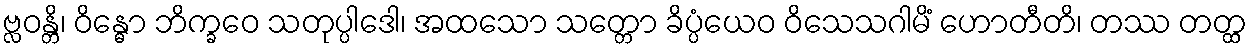
ဗ္လဝန္တိ၊ ဝိန္ဓော ဘိက္ခဝေ သတုပ္ပါဒေါ၊ အထသော သတ္တော ခိပ္ပံယေဝ ဝိသေသဂါမိံ ဟောတီတိ၊ တဿ တတ္ထ